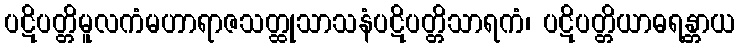
ပဋိပတ္တိမူလကံမဟာရာဇသတ္ထုသာသနံပဋိပတ္တိသာရကံ၊ ပဋိပတ္တိယာဓရန္တာယ